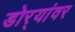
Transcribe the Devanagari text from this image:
डोर्‍यांवर